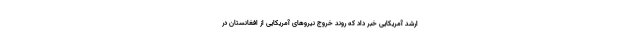
ارشد آمریکایی خبر داد که روند خروج نیروهای آمریکایی از افغانستان در